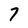
Character: 7